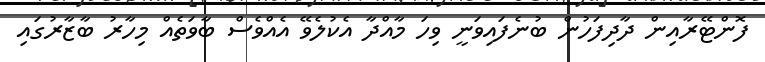
ފޮންޓޭރާއިން ދާދިފަހުން ބުނެފައިވަނީ ވިހަ މާއްދާ އެކުލެވޭ އެއްވެސް ބާވަތެއް މިހާރު ބާޒާރުގައި